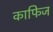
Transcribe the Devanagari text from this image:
काफिज